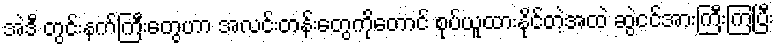
အဲဒီ တွင်းနက်ကြီးတွေဟာ အလင်းတန်းတွေကိုတောင် စုပ်ယူထားနိုင်တဲ့အထဲ ဆွဲငင်အားကြီးကြပြီး